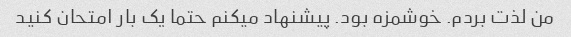
من لذت بردم. خوشمزه بود. پیشنهاد میکنم حتما یک بار امتحان کنید